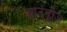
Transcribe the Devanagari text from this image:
बाउंड्रीज़